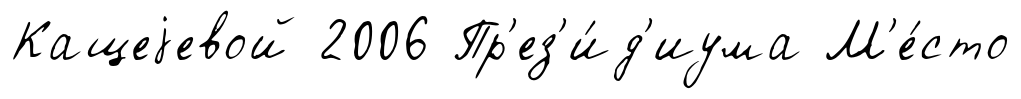
Кащеjевой 2006 Пр'ез'и́д'иума М'е́сто